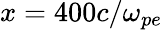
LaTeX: x=400c/\omega_{pe}